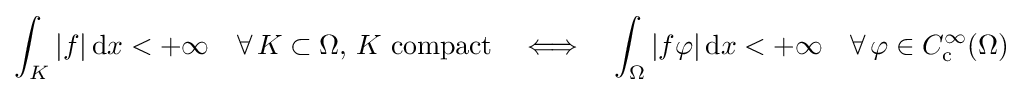
\int _{K}|f|\,\mathrm {d} x<+\infty \quad \forall \,K\subset \Omega ,\,K{\text{ compact}}\quad \Longleftrightarrow \quad \int _{\Omega }|f\varphi |\,\mathrm {d} x<+\infty \quad \forall \,\varphi \in C_{\mathrm {c} }^{\infty }(\Omega )